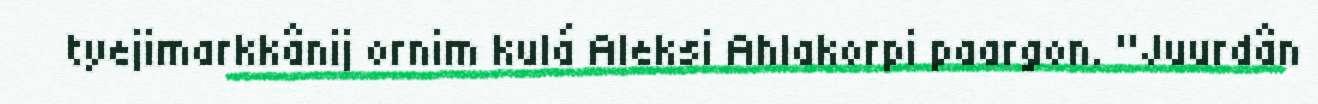
tyejimarkkânij ornim kulá Aleksi Ahlakorpi paargon. "Juurdân